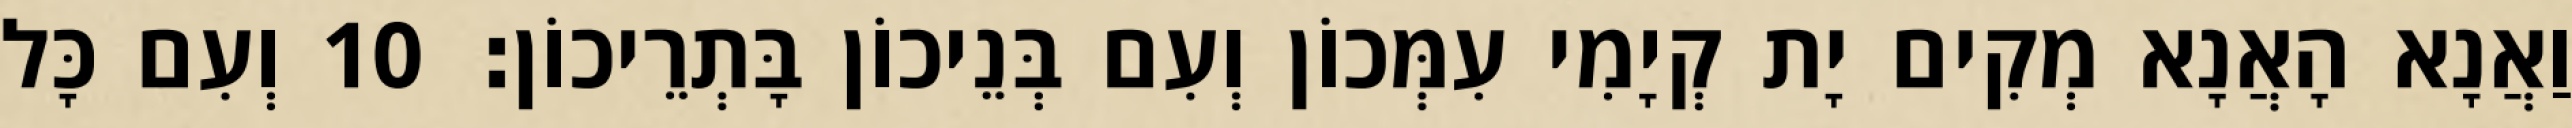
וַאֲנָא הָאֲנָא מְקִים יָת קְיָמִי עִמְּכוֹן וְעִם בְּנֵיכוֹן בָּתְרֵיכוֹן׃ 10 וְעִם כָּל